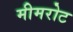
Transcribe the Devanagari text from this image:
मीमरोट